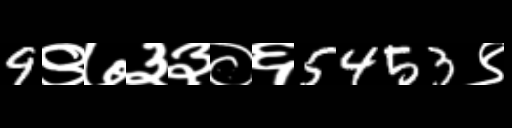
Text: 9९७३३०६5453९